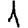
Digit: 1